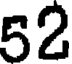
52